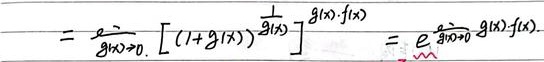
\[
\lim_{g(x)\to 0}\left[(1 + g(x))^{\frac{1}{g(x)}}\right]^{g(x)\cdot f(x)}=\mathrm{e}^{\lim_{g(x)\to 0}g(x)\cdot f(x)}
\]